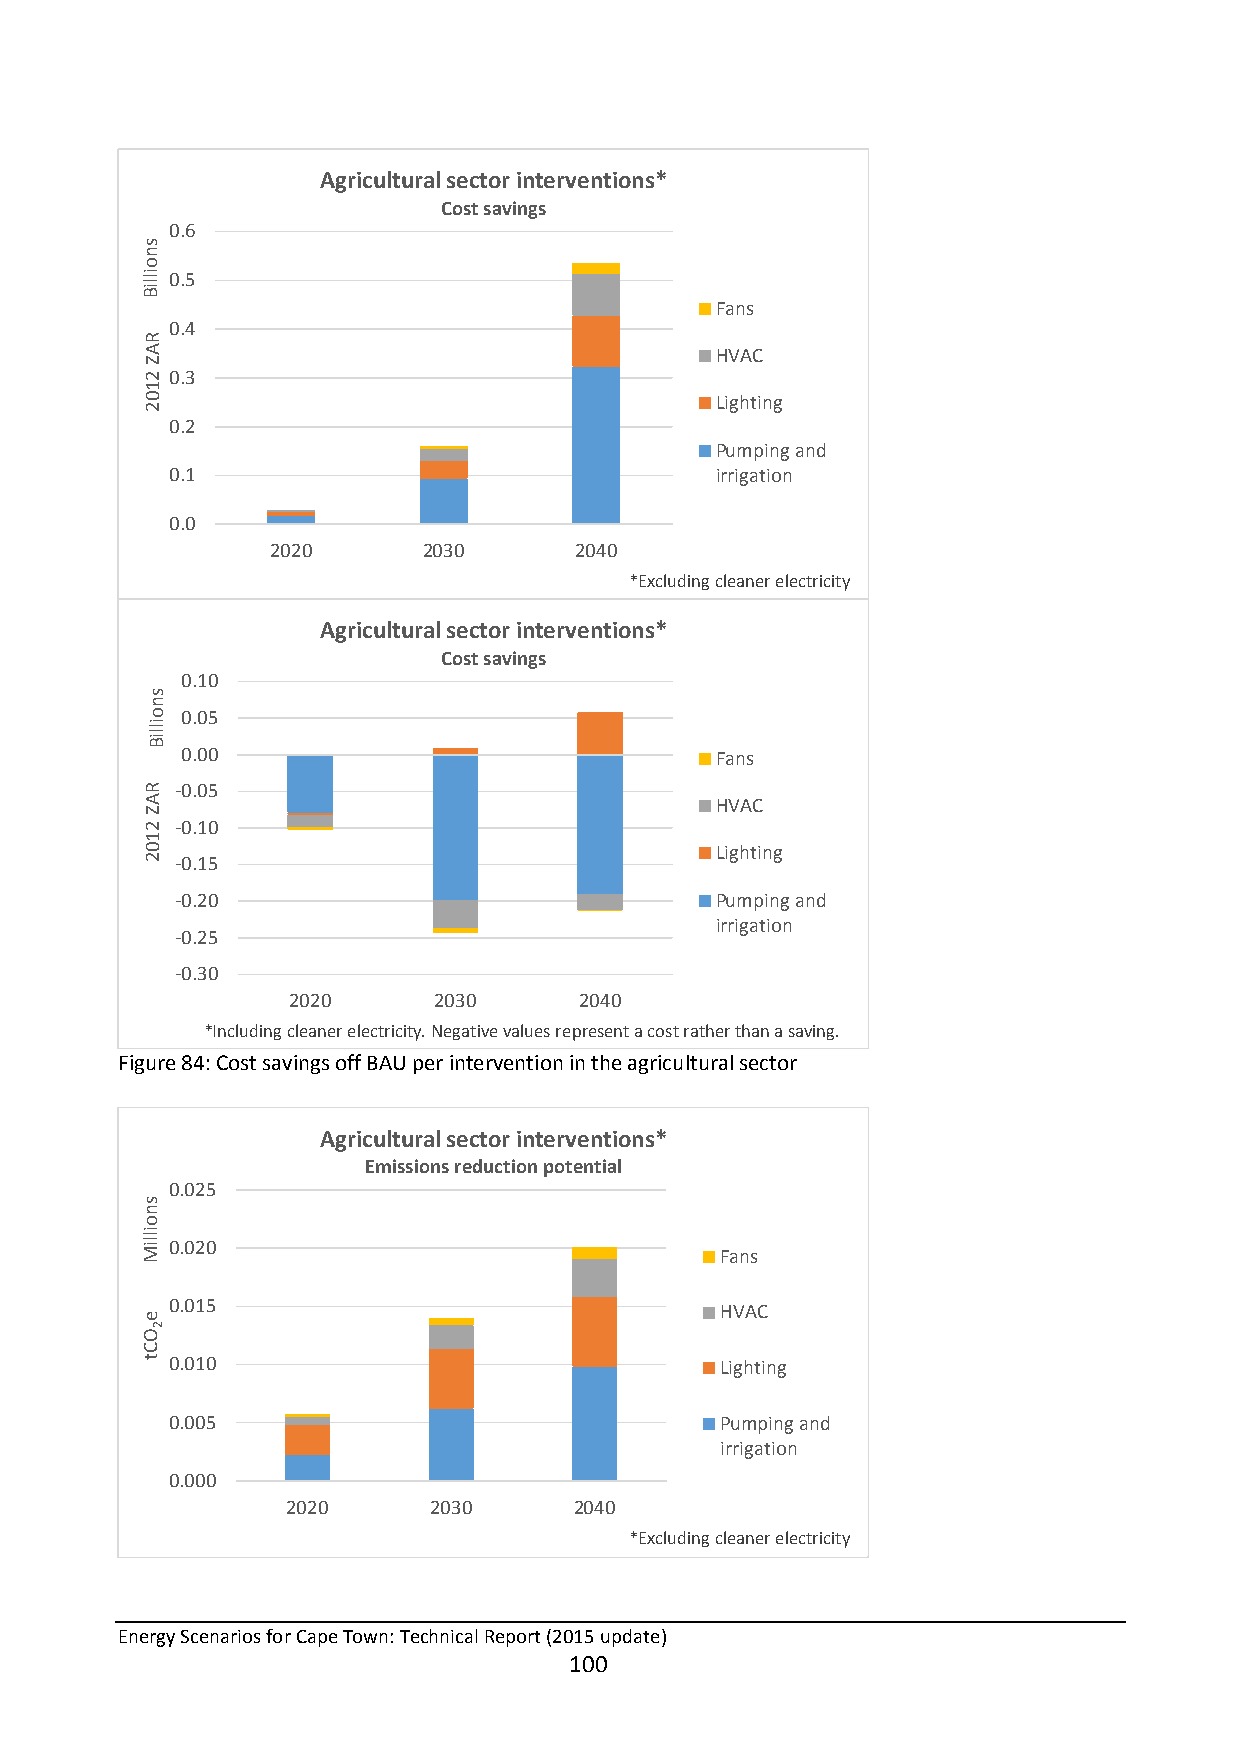
Agricultural sector interventions*
 Cost savings
 0.6
 0.5
 Fans
 0.4
 HVAC
 0.3
 Lighting
 0.2
 Pumping and
 0.1                                 irrigation
 0.0
 2020      2030      2040
 *Excluding cleaner electricity
 Agricultural sector interventions*
 Cost savings
 0.10
 0.05
 0.00                               Fans
 -0.05
 HVAC
 -0.10
 Lighting
 -0.15
 -0.20                              Pumping and
 irrigation
 -0.25
 -0.30
 2020      2030     2040
 *Including cleaner electricity. Negative values represent a cost rather than a saving.
 Figure 84: Cost savings off BAU per intervention in the agricultural sector
 Agricultural sector interventions*
 Emissions reduction potential
 0.025
 0.020
 Fans
 0.015                                HVAC
 0.010                                Lighting
 0.005                                Pumping and
 irrigation
 0.000
 2020     2030      2040
 *Excluding cleaner electricity
 Energy Scenarios for Cape Town: Technical Report (2015 update)
 100
 snoilliB
 RAZ
 2102
 snoilliB
 RAZ
 2102
 snoilliM
 e
 2OCt